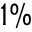
1 \%